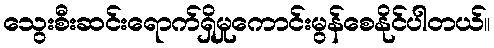
သွေးစီးဆင်းရောက်ရှိမှုကောင်းမွန်စေနိုင်ပါတယ်။